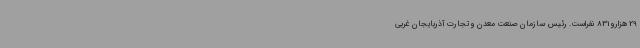
29 هزارو 831 نفراست. رئیس سازمان صنعت معدن و تجارت آذربایجان غربی